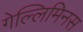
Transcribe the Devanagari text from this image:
गेल्‍लिमिनस